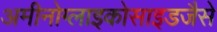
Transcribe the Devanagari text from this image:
अमीनोग्लाइकोसाइडजैसे